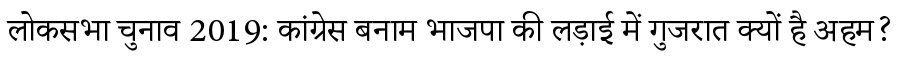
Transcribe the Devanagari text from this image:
लोकसभा चुनाव 2019: कांग्रेस बनाम भाजपा की लड़ाई में गुजरात क्यों है अहम?